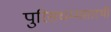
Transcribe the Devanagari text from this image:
पुरिसधम्मसारथी